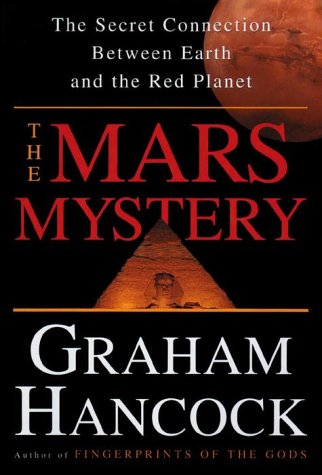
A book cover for The Mars Mystery: The Secret Connection Linking Earth's Ancient Civilization and the Red Planet; Graham Hancock; Science & Math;